Annual report on the Civil Veterinary Department, Burma (including the Insein Veterinary School) - 1932-1941
Year: 1932
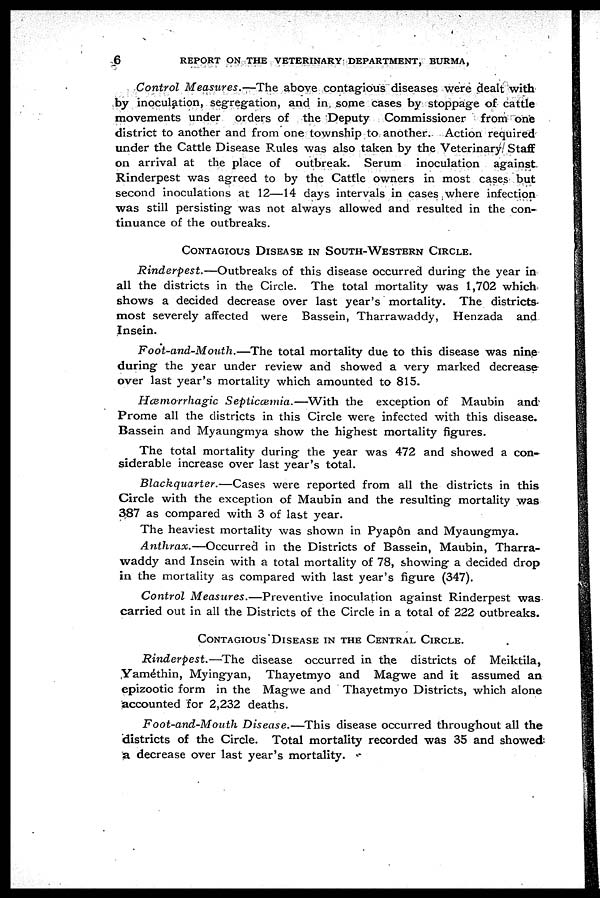
6
REPORT ON THE VETERINARY DEPARTMENT, BURMA,
Control Measures.—The above contagious diseases were dealt with
by inoculation, segregation, and in some cases by stoppage of cattle
movements under orders of the Deputy Commissioner from one
district to another and from one township to another. Action required
under the Cattle Disease Rules was also taken by the Veterinary Staff
on arrival at the place of outbreak. Serum inoculation against
Rinderpest was agreed to by the Cattle owners in most cases but
second inoculations at 12—14 days intervals in cases where infection
was still persisting was not always allowed and resulted in the con-
tinuance of the outbreaks.
CONTAGIOUS DISEASE IN SOUTH-WESTERN CIRCLE.
Rinderpest.—Outbreaks of this disease occurred during the year in
all the districts in the Circle. The total mortality was 1,702 which
shows a decided decrease over last year's mortality. The districts
most severely affected were Bassein, Tharrawaddy, Henzada and
Insein.
Foot-and-Mouth.—The total mortality due to this disease was nine
during the year under review and showed a very marked decrease
over last year's mortality which amounted to 815.
Hæmorrhagic Septicæmia.—With the exception of Maubin and
Prome all the districts in this Circle were infected with this disease.
Bassein and Myaungmya show the highest mortality figures.
The total mortality during the year was 472 and showed a con-
siderable increase over last year's total.
Blackquarter.—Cases were reported from all the districts in this
Circle with the exception of Maubin and the resulting mortality was
387 as compared with 3 of last year.
The heaviest mortality was shown in Pyapôn and Myaungmya.
Anthrax.—Occurred in the Districts of Bassein, Maubin, Tharra-
waddy and Insein with a total mortality of 78, showing a decided drop
in the mortality as compared with last year's figure (347).
Control Measures.—Preventive inoculation against Rinderpest was
carried out in all the Districts of the Circle in a total of 222 outbreaks.
CONTAGIOUS DISEASE IN THE CENTRAL CIRCLE
Rinderpest.—The disease occurred in the districts of Meiktila,
Yamèthin, Myingyan, Thayetmyo and Magwe and it assumed an
epizootic form in the Magwe and Thayetmyo Districts, which alone
accounted for 2,232 deaths.
Foot-and-Mouth Disease.—This disease occurred throughout all the
districts of the Circle. Total mortality recorded was 35 and showed
a decrease over last year's mortality.